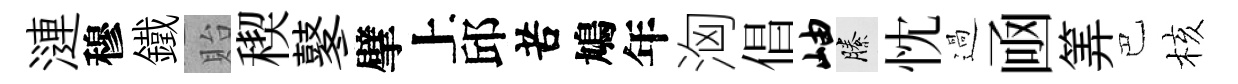
漣穆鐵貽稧鼕擘上邱苦鳩年洶倡岫縢忱過凾筭巴核